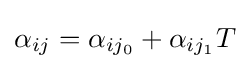
\alpha _{ij}=\alpha _{ij_{0}}+\alpha _{ij_{1}}T